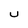
Character: U